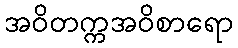
အဝိတက္ကအဝိစာရော